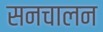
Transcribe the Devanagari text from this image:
सनचालन